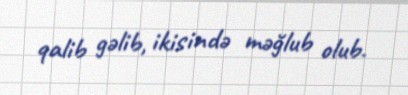
qalib gəlib, ikisində məğlub olub.